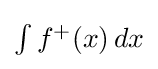
{\textstyle \int f^{+}(x)\,dx}